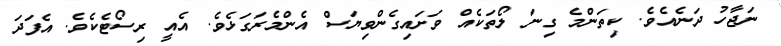
ނަޖާހު ދަނެއެވެ. ކިތަންމެ ގިނަ ލޯތަކެއް ވަށައިގެންވިޔަސް އެންމެރަގަޅެވެ. އެއީ ރިސޯޓެކެވެ. އެފަދަ